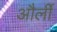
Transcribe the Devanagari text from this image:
और्ली